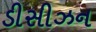
ડીસીઝન